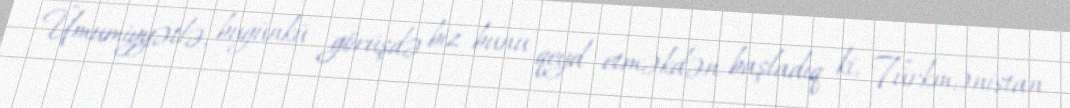
Ümumiyyətlə, bugünkü görüşdə biz bunu qeyd etməkdən başladıq ki, Türkmənistan